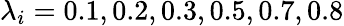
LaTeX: \lambda_{i}=0.1,0.2,0.3,0.5,0.7,0.8